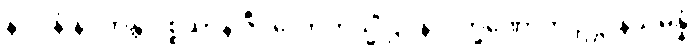
နာဂါနံ နိပကန္တိ ပစ္စယာနိ ဇီဝလောကသ္မိံ ဌပနလက္ခဏောတိ ဥဋ္ဌာနသမ္ပန္နံ